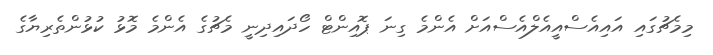
މިމެޗުގައި އައިއެސްއީއެލްއެސްއަށް އެންމެ ގިނަ ޕޮއިންޓް ހޯދައިދިނީ މެޗުގެ އެންމެ މޮޅު ކުޅުންތެރިޔާގެ